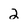
Character: 2